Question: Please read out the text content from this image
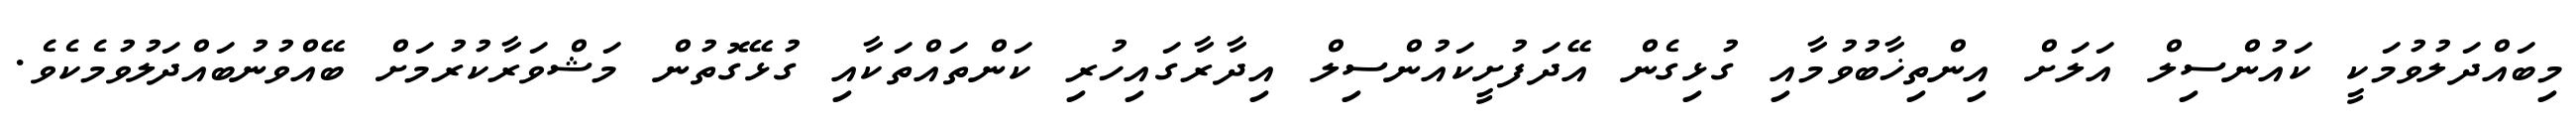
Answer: މިބައްދަލުވުމަކީ ކައުންސިލް އަލަށް އިންތިޚާބުވުމާއި ގުޅިގެން އޭދަފުށީކައުންސިލް އިދާރާގައިހުރި ކަންތައްތަކާއި ގުޅޭގޮތުން މަޝްވަރާކުރުމަށް ބޭއްވުނުބައްދަލުވުމެކެވެ.